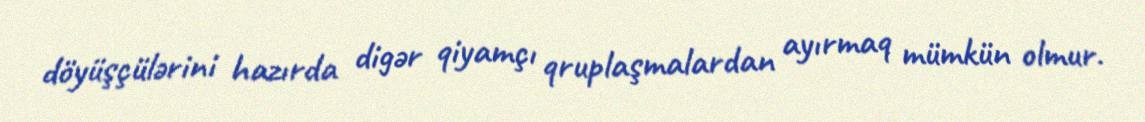
döyüşçülərini hazırda digər qiyamçı qruplaşmalardan ayırmaq mümkün olmur.